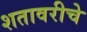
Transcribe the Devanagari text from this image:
शतावरीचे